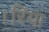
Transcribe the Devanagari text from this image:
।रिया